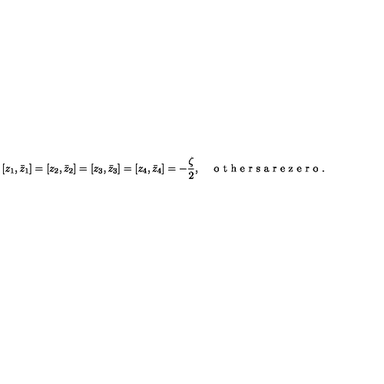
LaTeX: \left[ z _ { 1 } , \bar { z } _ { 1 } \right] = \left[ z _ { 2 } , \bar { z } _ { 2 } \right] = \left[ z _ { 3 } , \bar { z } _ { 3 } \right] = \left[ z _ { 4 } , \bar { z } _ { 4 } \right] = - \frac { \zeta } { 2 } , \quad \textrm { o t h e r s a r e z e r o } .